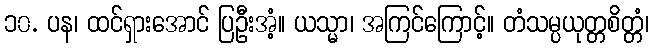
၁၀. ပန၊ ထင်ရှားအောင် ပြဦးအံ့။ ယသ္မာ၊ အကြင်ကြောင့်။ တံသမ္ပယုတ္တစိတ္တံ၊